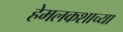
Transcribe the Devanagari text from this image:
हेमलकशाच्या